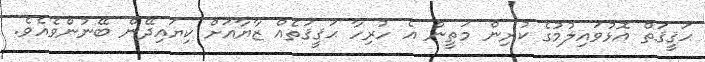
ޙަޤީޤަތް އޮޅުވައިލުމުގެ ކުރިން މަތީން އެ ހުރިހާ ޙަޤީޤަތެެއް ޒާޔާއަށް ކިޔައިދޭން ބޭނުންވެއެވެ.